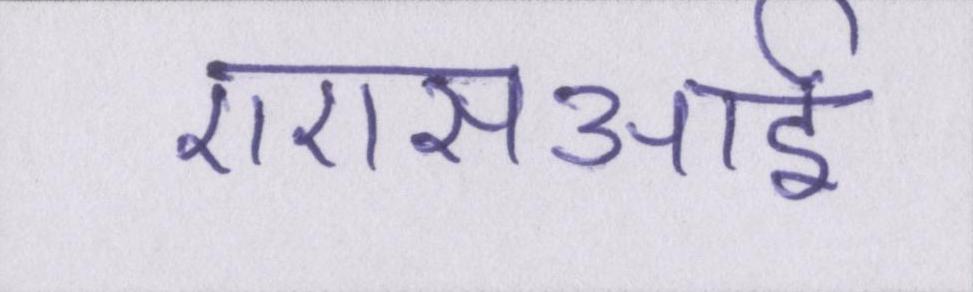
एएसआई